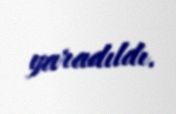
yaradıldı.